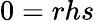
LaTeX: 0=rhs